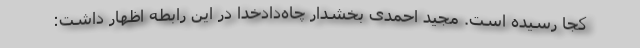
کجا رسیده است. مجید احمدی بخشدار چاه‌دادخدا در این رابطه اظهار داشت: